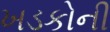
ખડકોની